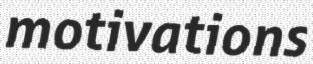
motivations